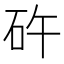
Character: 𥐭